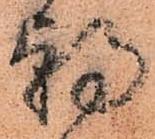
朝